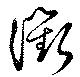
衢